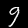
Label: 9